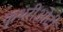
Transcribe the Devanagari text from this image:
कृथरीओटी